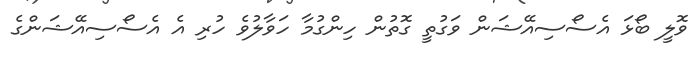
ވޮލީ ބޯޅަ އެސޯސިއޭޝަން ވަގުތީ ގޮތުން ހިންގުމާ ހަވާލުވެ ހުރި އެ އެސޯސިއޭޝަންގެ